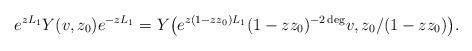
LaTeX: \begin{align*} e^{zL_{1}}Y(v,z_0)e^{-zL_{1}}=Y\bigl(e^{z(1-zz_0)L_{1}}(1-zz_0)^{-2\deg}v,z_0/(1-zz_0)\bigr). \end{align*}